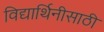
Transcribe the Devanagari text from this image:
विद्यार्थिनीसाठी